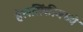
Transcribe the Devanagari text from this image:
हेलसिंकीमध्ये